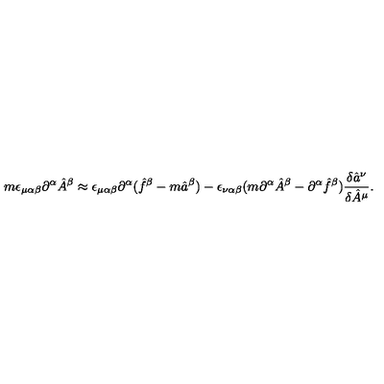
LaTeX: m \epsilon _ { \mu \alpha \beta } \partial ^ { \alpha } \hat { A } ^ { \beta } \approx \epsilon _ { \mu \alpha \beta } \partial ^ { \alpha } ( \hat { f } ^ { \beta } - m \hat { a } ^ { \beta } ) - \epsilon _ { \nu \alpha \beta } ( m \partial ^ { \alpha } \hat { A } ^ { \beta } - \partial ^ { \alpha } \hat { f } ^ { \beta } ) \frac { \delta \hat { a } ^ { \nu } } { \delta \hat { A } ^ { \mu } } .